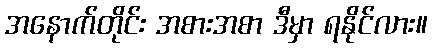
အနောက်တိုင်း အစားအစာ ဒီမှာ ရနိုင်လား။